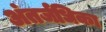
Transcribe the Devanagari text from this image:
अंतर्जधिका